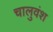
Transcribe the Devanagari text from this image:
चालुवंश